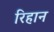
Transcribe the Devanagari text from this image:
रिहान